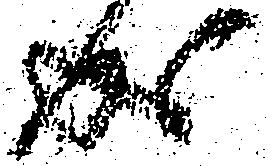
成